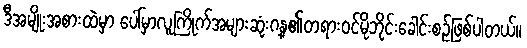
ဒီအမျိုးအစားထဲမှာ ပေါ်မှာလူကြိုက်အများဆုံးဂန္၏တရားဝင်မိုဘိုင်းခေါင်းစဉ်ဖြစ်ပါတယ်။